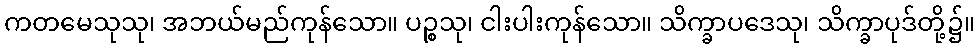
ကတမေသုသု၊ အဘယ်မည်ကုန်သော။ ပဉ္စသု၊ ငါးပါးကုန်သော။ သိက္ခာပဒေသု၊ သိက္ခာပုဒ်တို့၌။